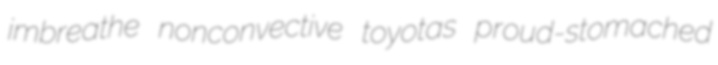
imbreathe nonconvective toyotas proud-stomached